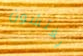
يفتشون